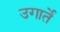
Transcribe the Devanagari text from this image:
उगार्ते